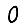
Digit: 0